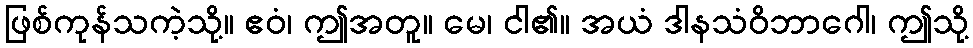
ဖြစ်ကုန်သကဲ့သို့။ ဧဝံ၊ ဤအတူ။ မေ၊ ငါ၏။ အယံ ဒါနသံဝိဘာဂေါ၊ ဤသို့